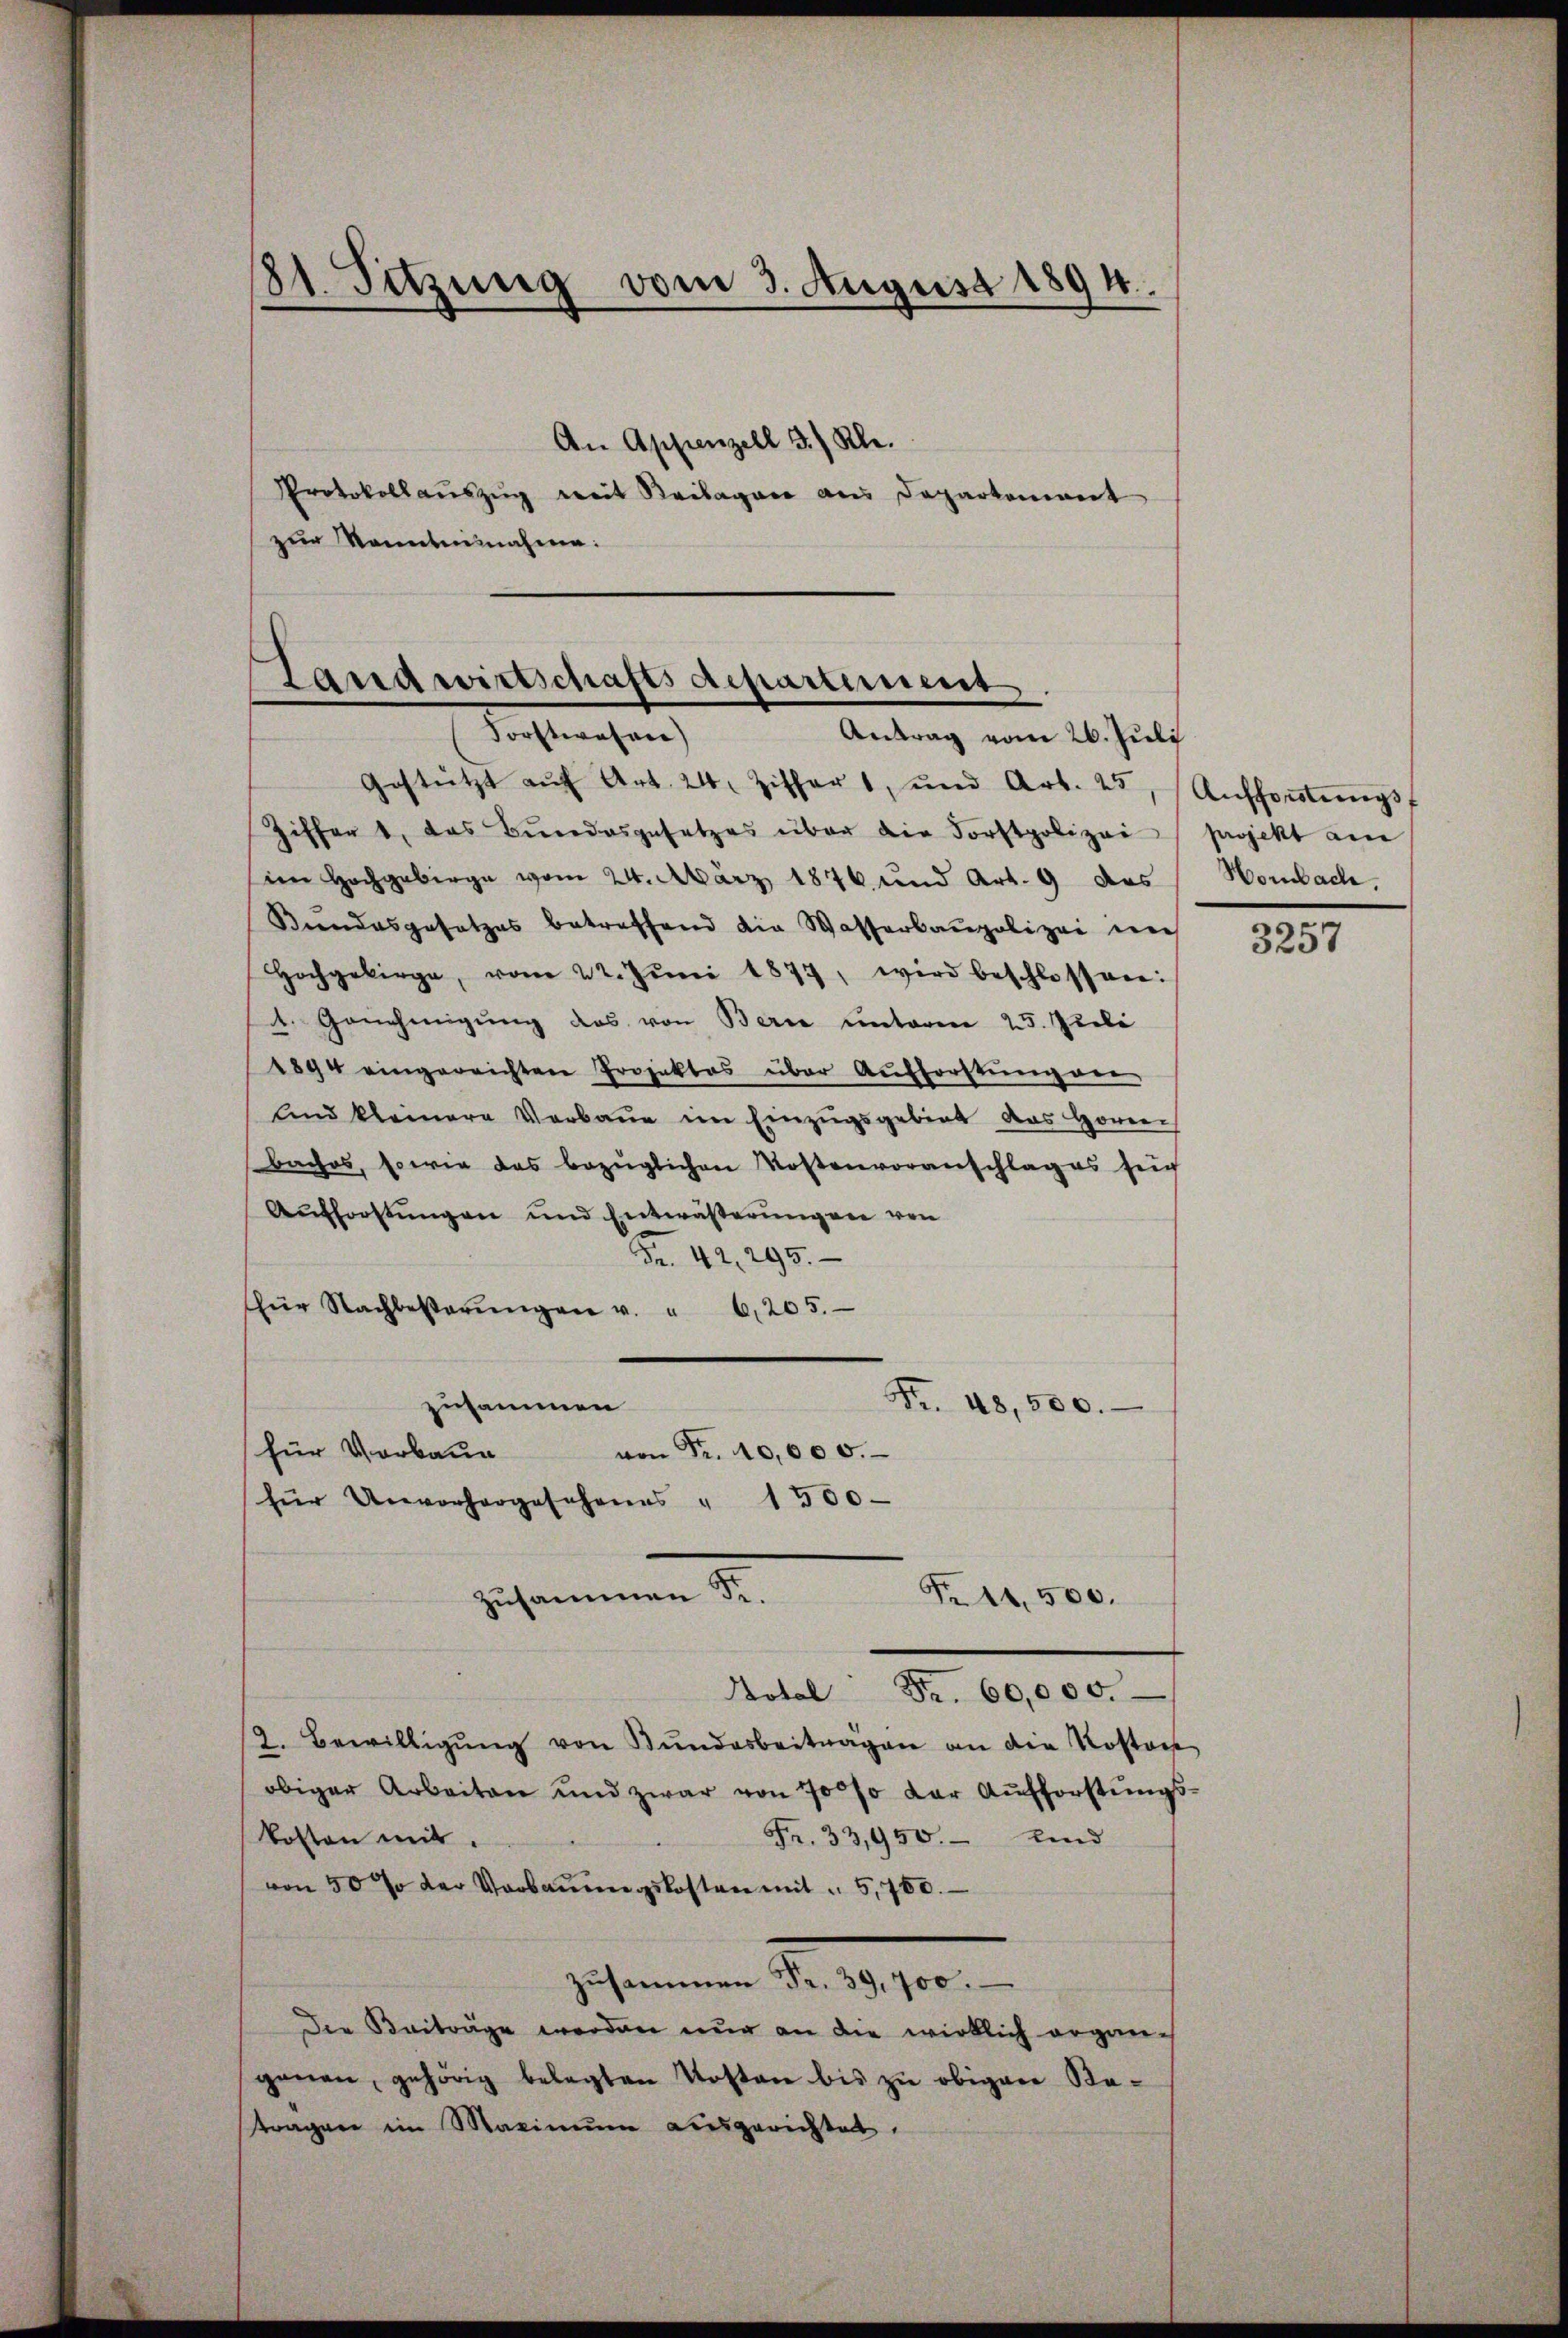
81. Sitzung vom 3. August 1894.

An Appenzell 3.) Kl.
Protokoll aŭszŭg weit Beilagen aus Departement
zur Kenntnisnahme:

Landwirtschaftsdepartiment.
Forstwesen)
Antrag vom 26. Juli

Gestützt aŭf Art. 24 Ziffer 1, und Art. 25, Aŭshortŭngs-
Ziffer 1, das Bŭndesgesetzes über die Forstpolizei projekt am
im Hochgebirge vom 24. März 1876 und Art. 9 das Horbach,
Brandesgesetzes betreffend die Wasserbaupolizei un
Hochgebirge, vom 22. Jŭni 1877, wird beschlossen:
1. Genehmigung das von Berne unterm 25. Juli
1894 eingereichten Projektes über Aufforstung ver-
und kleinere Verbaue im Einzŭgsgebiet das Hörern
baches, sowie das bezüglichen Kostenvoranschlages sech
Aŭfforstŭngen und Entwäßerungen von
Fr. 42. 295.
für Nachbesterŭngen u. " 6,205.
zusammen
Fr. 48,500.
für Vorbaue
von Fr. 40,000.
für Unvorhergesehenes " 1500
Fr. 11,500.
zusammen Fr.
Kotel Fr. 60,000.
2. Bewilligŭng von Bŭndesbeitragen an die Kosten
obiger Arbeiten und zwar von 70 % der Aufforstŭngs-
kosten mit.
Fr. 33,950. – Kind
von 50 % der Verbaŭŭngskosten mit " 5,700.
gesammen No. 1910.
Die Beiträge werden nur an die wirklich ergangenen, gehörig belegten Kosten bis zu obigen Retragen im Maximum ausgerichtet,

3257